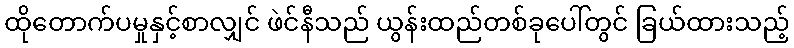
ထိုတောက်ပမှုနှင့်စာလျှင် ဖဲင်နီသည် ယွန်းထည်တစ်ခုပေါ်တွင် ခြယ်ထားသည့်